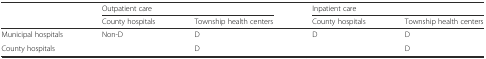
| <ROWSPAN=2>  | <COLSPAN=2> Outpatient care | <COLSPAN=2> Inpatient care |
 | County hospitals | Township health centers | County hospitals | Township health centers |
 | --- | --- | --- | --- | --- |
 | Municipal hospitals | Non-D | D | D | D |
 | County hospitals |  | D |  | D |